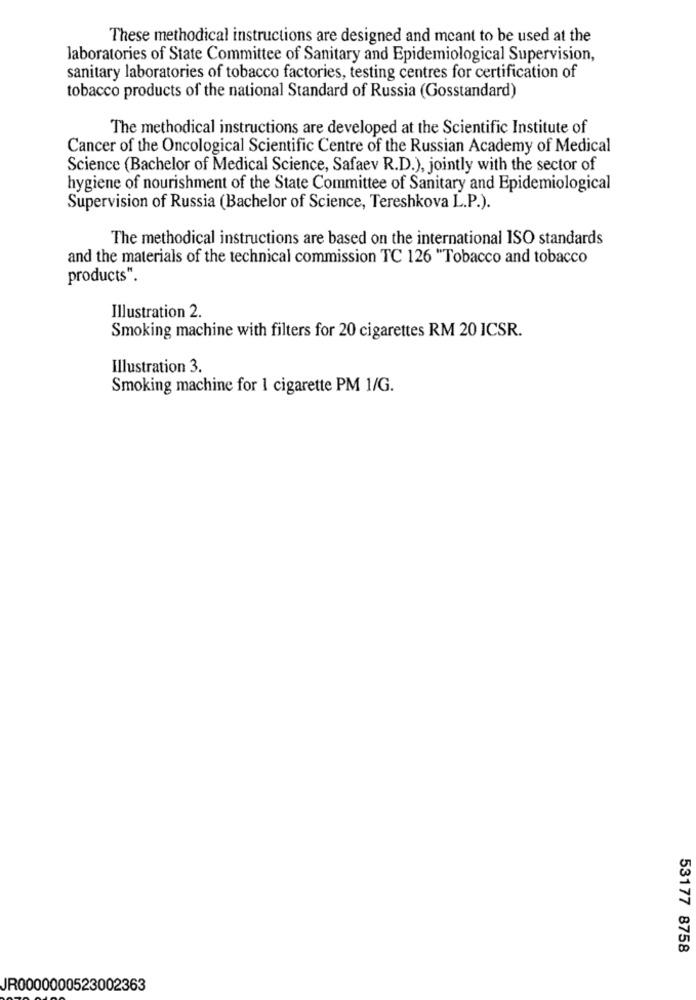
These methodical instructions are designed and meant to be used at the
laboratories of State Committee of Sanitary and Epidemiological Supervision,
sanitary laboratories of tobacco factories, testing centres for certification of
tobacco products of the national Standard of Russia (Gosstandard)
The methodical instructions are developed at the Scientific Institute of
Cancer of the Oncological Scientific Centre of the Russian Academy of Medical
Science (Bachelor of Medical Science, Safaev R.D.), jointly with the sector of
hygiene of nourishment of the State Committee of Sanitary and Epidemiological
Supervision of Russia (Bachelor of Science, Tereshkova L.P.).
The methodical instructions are based on the international ISO standards
and the materials of the technical commission TC 126 "Tobacco and tobacco
products".
Illustration 2.
Smoking machine with filters for 20 cigarettes RM 20 ICSR.
Illustration 3.
Smoking machine for 1 cigarette PM 1/G.
53177 8758
JR0000000523002363